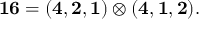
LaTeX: { \bf 1 6 } = ( { \bf 4 } , { \bf 2 } , { \bf 1 } ) \otimes ( { \bf 4 } , { \bf 1 } , { \bf 2 } ) .